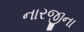
નારજીના